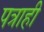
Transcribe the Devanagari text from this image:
पत्राही